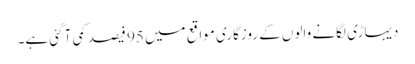
دیہاڑی لگانے والوں کے روزگاری مواقع میں 95 فیصد کمی آ گئی ہے۔